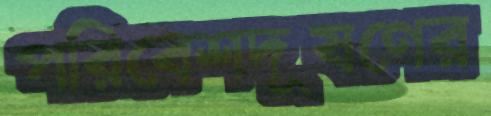
পরিবেশদূষণের